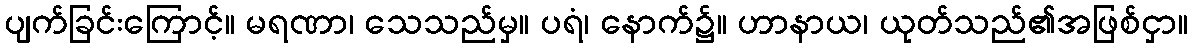
ပျက်ခြင်းကြောင့်။ မရဏာ၊ သေသည်မှ။ ပရံ၊ နောက်၌။ ဟာနာယ၊ ယုတ်သည်၏အဖြစ်ငှာ။